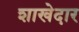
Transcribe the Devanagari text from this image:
शाखेदार